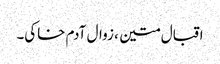
اقبال متین ، زوال آدم خاکی۔